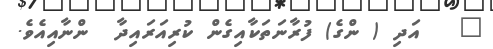
٤   އަދި ( ންގެ) ފުރާނަތަކާއިގެން ކުރިއަރައިދާ  ންނާއިއެވެ.